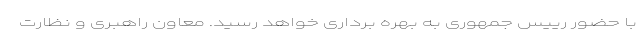
با حضور رییس جمهوری به بهره برداری خواهد رسید. معاون راهبری و نظارت